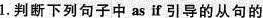
1.判断下列句子中 as if引导的从句的